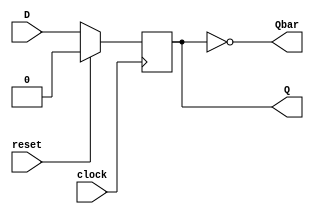
`timescale 1ns / 1ps
//////////////////////////////////////////////////////////////////////////////////
// Company: 
// Engineer: 
// 
// Design Name: 
// Module Name: Synchronous_D
// Project Name: 
// Target Devices: 
// Tool Versions: 
// Description: 
// 
// Dependencies: 
// 
// Revision:
// Revision 0.01 - File Created
// Additional Comments:
// 
//////////////////////////////////////////////////////////////////////////////////


module Synchronous_D(Q,Qbar,D,clock,reset);
    input D,clock,reset;
    output reg Q;
    output Qbar;
    assign Qbar = ~Q;
    always @(posedge clock)
    begin
    if(reset)
        Q<=0;
    else
        Q<=D;
    end
endmodule